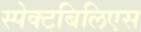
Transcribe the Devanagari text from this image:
स्पेक्टबिलिएस